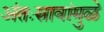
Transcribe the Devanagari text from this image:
अंतःस्रावांमुळे